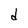
Character: d